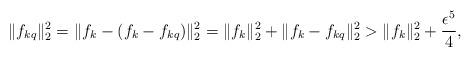
LaTeX: \begin{align*}\|f_{kq}\|_2^2 = \|f_{k} - (f_k - f_{kq})\|_2^2 = \|f_k\|_2^2 + \|f_k- f_{kq}\|_2^2 > \|f_k\|_2^2 + \frac{\epsilon^5}{4},\end{align*}